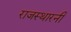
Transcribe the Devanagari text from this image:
राजस्थारनी